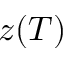
z ( T )